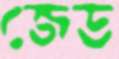
জেড